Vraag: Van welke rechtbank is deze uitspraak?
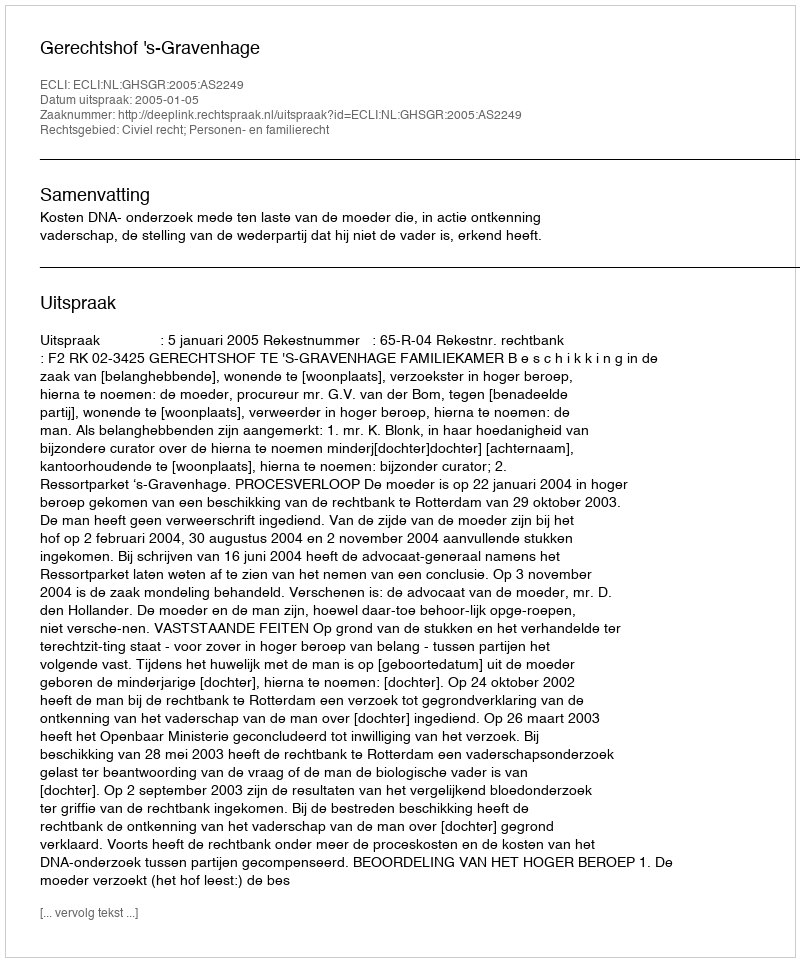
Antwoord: Gerechtshof 's-Gravenhage